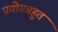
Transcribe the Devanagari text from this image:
प्रयोगबहुत